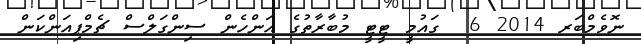
ނޮވެމްބަރ 2014 6  ގައުމީ ޓީޓީ މުބާރާތުގެ އަންހެން ސިންގަލްސް ޗެމްޕިއަންކަން